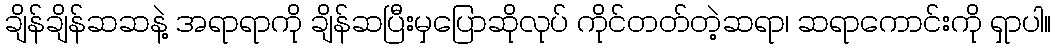
ချိန်ချိန်ဆဆနဲ့ အရာရာကို ချိန်ဆပြီးမှပြောဆိုလုပ် ကိုင်တတ်တဲ့ဆရာ၊ ဆရာကောင်းကို ရှာပါ။